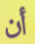
أن